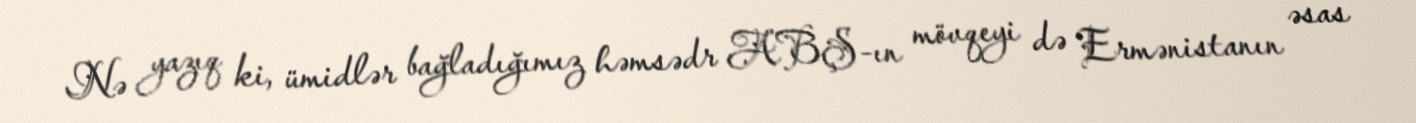
Nə yazıq ki, ümidlər bağladığımız həmsədr ABŞ-ın mövqeyi də Ermənistanın əsas